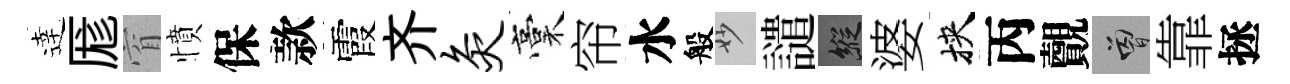
逹厖窅憤保款霞齐灸稾帘水般妙譴縱婆挾丙覿曾靠拯